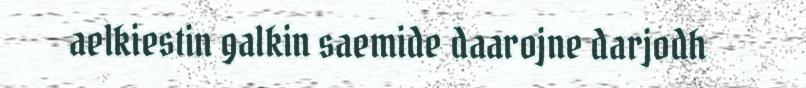
aelkiestin galkin saemide daarojne darjodh